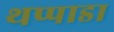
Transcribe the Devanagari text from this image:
थप्पाडा